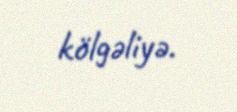
kölgəliyə.